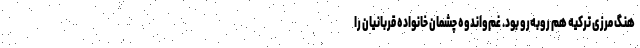
هنگ مرزی ترکیه هم روبه‌رو بود. غم‌واندوه چشمان خانواده قربانیان را